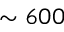
\sim 6 0 0